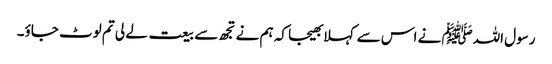
رسول اللہﷺ نے اس سے کہلا بھیجا کہ ہم نے تجھ سے بیعت لے لی تم لوٹ جاؤ۔